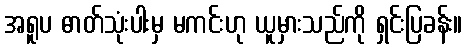
အရူပ ဓာတ်သုံးပါးမှ မကင်းဟု ယူမှားသည်ကို ရှင်းပြခန်း။